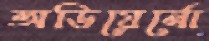
অডিয়ের্নো